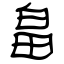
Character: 畠